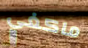
ماكغي